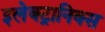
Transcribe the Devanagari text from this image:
इलेक्‍ट्रानिक्स